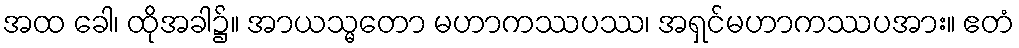
အထ ခေါ၊ ထိုအခါ၌။ အာယသ္မတော မဟာကဿပဿ၊ အရှင်မဟာကဿပအား။ ဧတံ